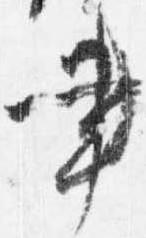
書